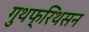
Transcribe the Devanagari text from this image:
गुथफ्रिथसन